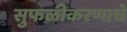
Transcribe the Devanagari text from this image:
सुफळीकरणाचे